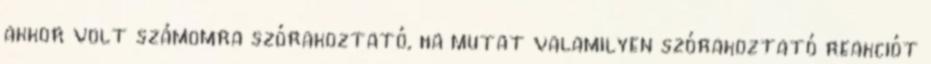
akkor volt számomra szórakoztató, ha mutat valamilyen szórakoztató reakciót